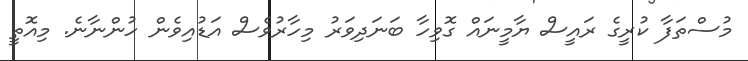
މުސްތަފާ ކުރީގެ ރައީސް ޔާމީނައް ގޮވިހާ ބަނަދިވަރު މިހާރުވެސް އަޑުއިވެން ހުންނާނެ. މިއޮތީ